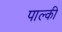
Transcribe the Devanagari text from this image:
पाल्की